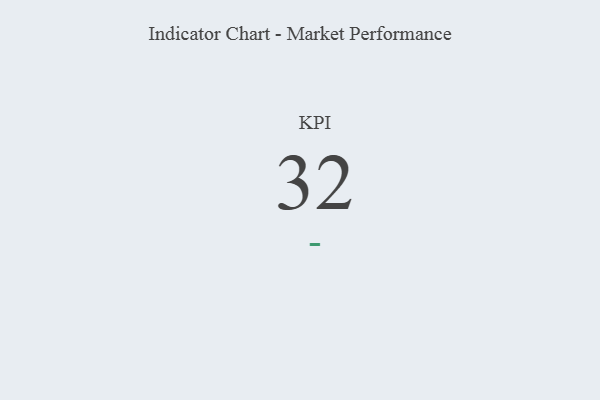
{"axis": {"x": "KPI", "y": "Value"}, "legend": [""], "data": [{"x": "KPI", "y": 32, "type": ""}]}